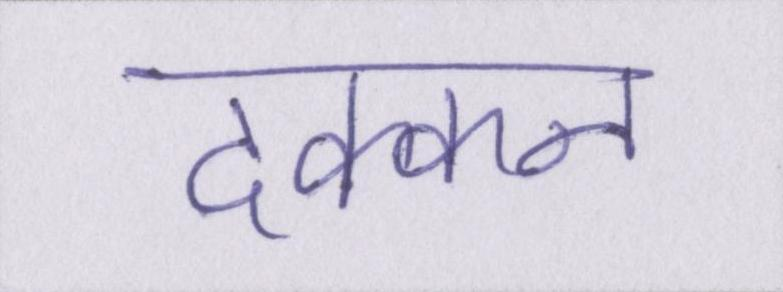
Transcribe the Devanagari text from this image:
दक्कन